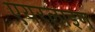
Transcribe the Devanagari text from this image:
एयरलाइण